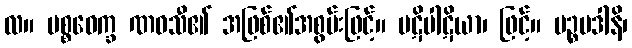
လ။ ပစ္စဝေက္ခ ဏဝသီ၏ အဖြစ်၏အစွမ်းဖြင့်။ ပဋိပါဋိယာ၊ ဖြင့်။ ပဉ္စပဒါနိ၊